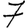
Digit: 7